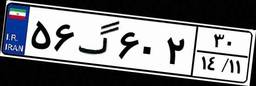
۵۶گ۶۰۲۳۰